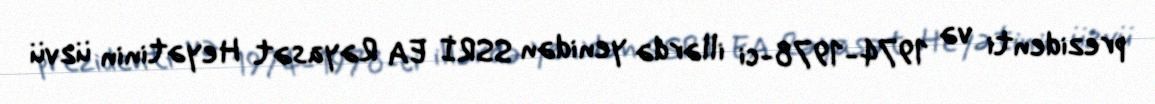
prezidenti və 1974-1978-ci illərdə yenidən SSRİ EA Rəyasət Heyətinin üzvü